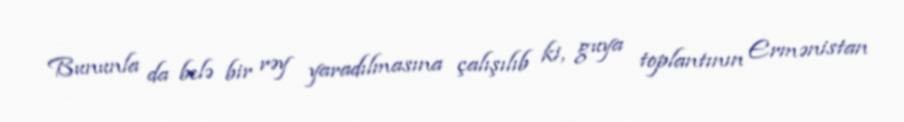
Bununla da belə bir rəy yaradılmasına çalışılıb ki, guya toplantının Ermənistan